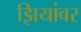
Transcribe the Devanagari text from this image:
झियांवर